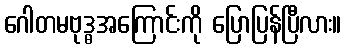
ဂေါတမဗုဒ္ဓအကြောင်းကို ပြောပြန်ပြီလား။